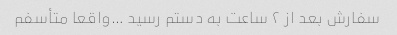
سفارش بعد از ٢ ساعت به دستم رسید …واقعا متأسفم